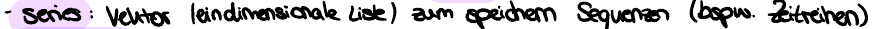
- series : Vektor (eindimensionale Liste) zum speichern Sequenzen (bspw. Zeitreihen)